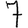
Digit: 7